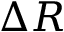
\Delta R